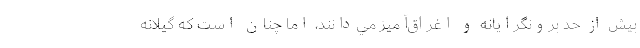
بيش از حد برونگرايانه و اغراق‌آميز مي‌دانند، اما چنان است که گيلانه